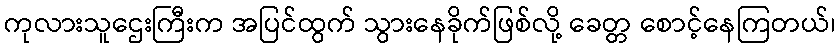
ကုလားသူဌေးကြီးက အပြင်ထွက် သွားနေခိုက်ဖြစ်လို့ ခေတ္တ စောင့်နေကြတယ်၊